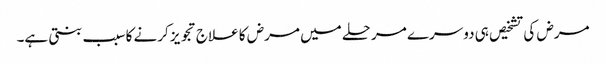
مرض کی تشخیص ہی دوسرے مرحلے میں مرض کا علاج تجویز کرنے کا سبب بنتی ہے۔